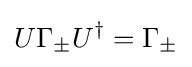
U\Gamma _{\pm }U^{\dagger }=\Gamma _{\pm }